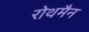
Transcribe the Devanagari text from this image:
रोथमैन